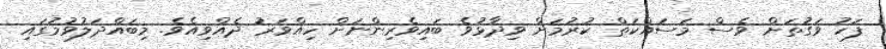
ފަހު ވަގުތަށް ވެސް މަސައްކަތް ކުރުމަށް ވިދާޅުވެ ބައިވެރިންނަށް ހިއްވަރު ދެއްވިއެވެ. މިބައްދަލުވުމުގައި